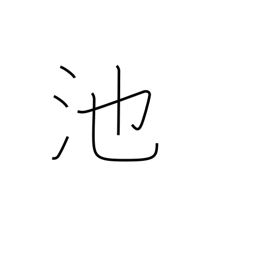
Meaning: pond